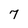
Character: 7